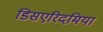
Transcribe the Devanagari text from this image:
डिसएरिदमिया